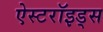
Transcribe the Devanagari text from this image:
ऐस्टरॉइड्स